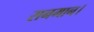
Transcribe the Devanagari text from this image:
सनमान।